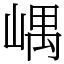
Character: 嵎